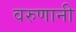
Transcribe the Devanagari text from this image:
वरुणानी